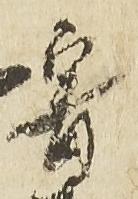
審